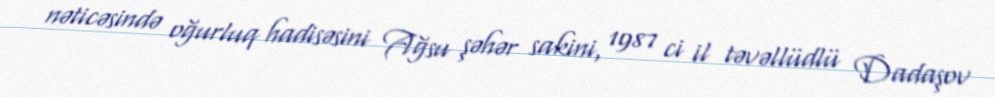
nəticəsində oğurluq hadisəsini Ağsu şəhər sakini, 1987 ci il təvəllüdlü Dadaşov